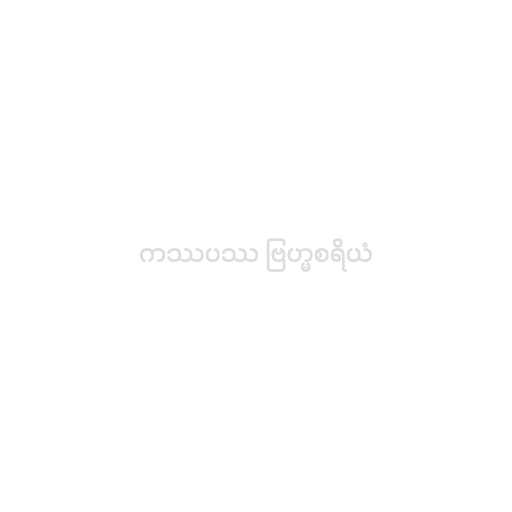
ကဿပဿ ဗြဟ္မစရိယံ